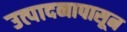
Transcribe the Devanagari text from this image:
उत्पादनापासून